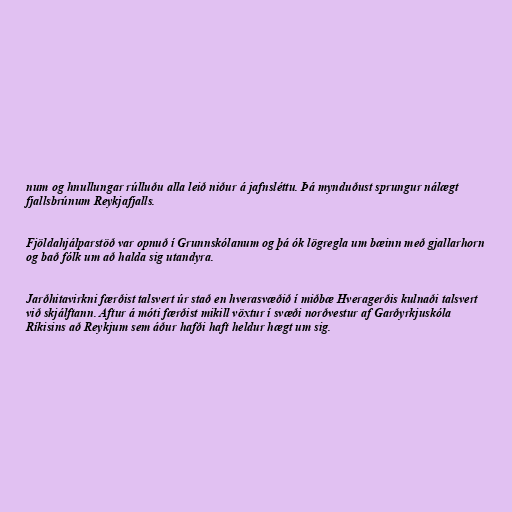
num og hnullungar rúlluðu alla leið niður á jafnsléttu. Þá mynduðust sprungur nálægt
fjallsbrúnum Reykjafjalls.

Fjöldahjálparstöð var opnuð í Grunnskólanum og þá ók lögregla um bæinn með gjallarhorn
og bað fólk um að halda sig utandyra.

Jarðhitavirkni færðist talsvert úr stað en hverasvæðið í miðbæ Hveragerðis kulnaði talsvert
við skjálftann. Aftur á móti færðist mikill vöxtur í svæði norðvestur af Garðyrkjuskóla
Ríkisins að Reykjum sem áður hafði haft heldur hægt um sig.